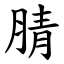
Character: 腈